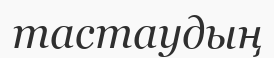
тастаудың